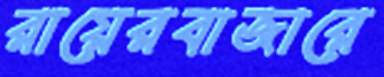
রায়েরবাজারে